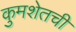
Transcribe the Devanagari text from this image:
कुमशेतची